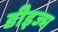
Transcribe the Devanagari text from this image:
डीइज्म